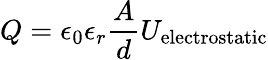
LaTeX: Q=\epsilon_{0}\epsilon_{r}\frac{A}{d}U_{\mathrm{electrostatic}}